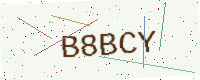
Text: B8BCY